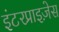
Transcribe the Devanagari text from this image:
इंटरप्राइज़ेस